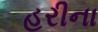
હરીના